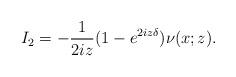
LaTeX: \begin{align*}I_2=-\frac{1}{2iz}(1-e^{2iz\delta}) \nu(x ; z) .\end{align*}